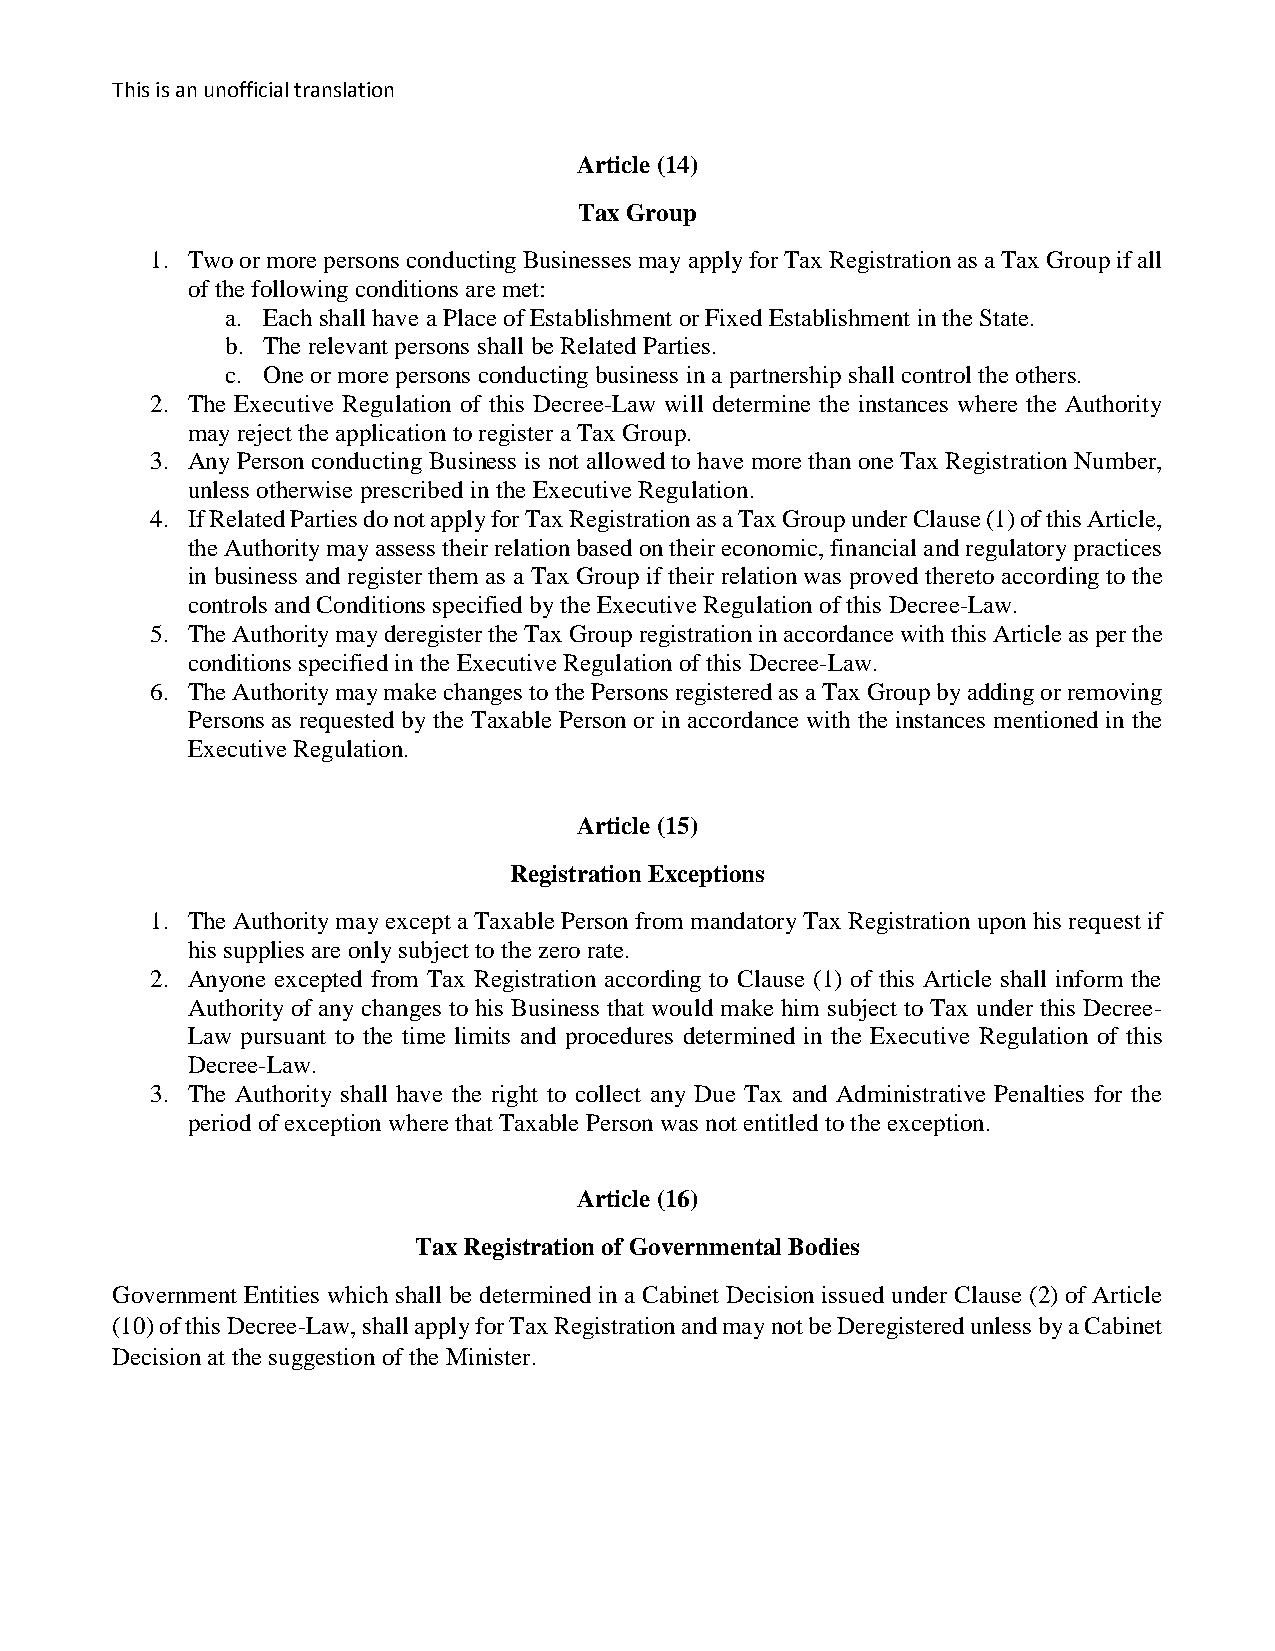
This is an unofficial translation
 Article (14)
 Tax Group
 1. Two or more persons conducting Businesses may apply for Tax Registration as a Tax Group if all
 of the following conditions are met:
 a. Each shall have a Place of Establishment or Fixed Establishment in the State.
 b. The relevant persons shall be Related Parties.
 c. One or more persons conducting business in a partnership shall control the others.
 2. The Executive Regulation of this Decree-Law will determine the instances where the Authority
 may reject the application to register a Tax Group.
 3. Any Person conducting Business is not allowed to have more than one Tax Registration Number,
 unless otherwise prescribed in the Executive Regulation.
 4. If Related Parties do not apply for Tax Registration as a Tax Group under Clause (1) of this Article,
 the Authority may assess their relation based on their economic, financial and regulatory practices
 in business and register them as a Tax Group if their relation was proved thereto according to the
 controls and Conditions specified by the Executive Regulation of this Decree-Law.
 5. The Authority may deregister the Tax Group registration in accordance with this Article as per the
 conditions specified in the Executive Regulation of this Decree-Law.
 6. The Authority may make changes to the Persons registered as a Tax Group by adding or removing
 Persons as requested by the Taxable Person or in accordance with the instances mentioned in the
 Executive Regulation.
 Article (15)
 Registration Exceptions
 1. The Authority may except a Taxable Person from mandatory Tax Registration upon his request if
 his supplies are only subject to the zero rate.
 2. Anyone excepted from Tax Registration according to Clause (1) of this Article shall inform the
 Authority of any changes to his Business that would make him subject to Tax under this Decree-
 Law pursuant to the time limits and procedures determined in the Executive Regulation of this
 Decree-Law.
 3. The Authority shall have the right to collect any Due Tax and Administrative Penalties for the
 period of exception where that Taxable Person was not entitled to the exception.
 Article (16)
 Tax Registration of Governmental Bodies
 Government Entities which shall be determined in a Cabinet Decision issued under Clause (2) of Article
 (10) of this Decree-Law, shall apply for Tax Registration and may not be Deregistered unless by a Cabinet
 Decision at the suggestion of the Minister.